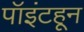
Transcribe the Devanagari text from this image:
पॉइंटहून